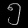
Digit: ၅